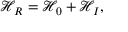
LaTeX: \mathcal { H } _ { R } = \mathcal { H } _ { 0 } \mathcal { + H } _ { I } ,